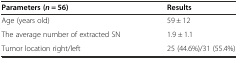
<table><thead><tr><td><b>Parameters (<i>n</i> = 56)</b></td><td><b>Results</b></td></tr></thead><tbody><tr><td>Age (years old)</td><td>59 ± 12</td></tr><tr><td>The average number of extracted SN</td><td>1.9 ± 1.1</td></tr><tr><td>Tumor location right/left</td><td>25 (44.6%)/31 (55.4%)</td></tr></tbody></table>